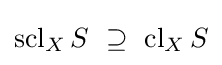
\operatorname {scl} _{X}S~\supseteq ~\operatorname {cl} _{X}S